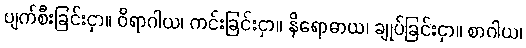
ပျက်စီးခြင်းငှာ။ ဝိရာဂါယ၊ ကင်းခြင်းငှာ။ နိရောဓာယ၊ ချုပ်ခြင်းငှာ။ စာဂါယ၊